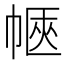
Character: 𢃫